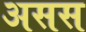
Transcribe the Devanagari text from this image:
असस